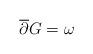
LaTeX: \begin{align*}\overline\partial G=\omega\end{align*}